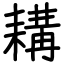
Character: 耩